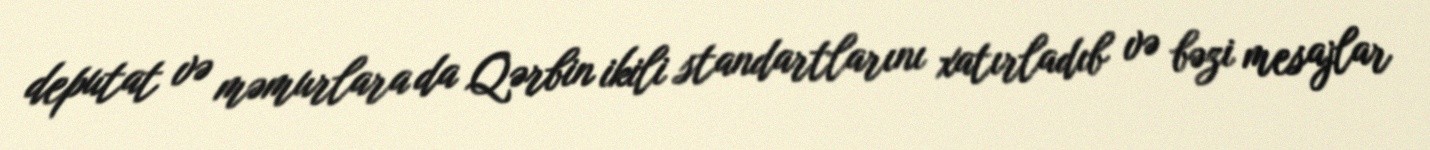
deputat və məmurlara da Qərbin ikili standartlarını xatırladıb və bəzi mesajlar